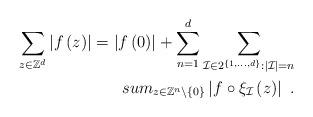
LaTeX: \begin{align*}\sum_{z\in \mathbb{Z}^{d}}\left\vert f\left( z\right) \right\vert=\left\vert f\left( 0\right) \right\vert +\sum_{n=1}^{d}\sum_{\mathcal{I}\in2^{\left\{ 1,\dots ,d\right\} }:\left\vert \mathcal{I}\right\vert =n}\\sum_{z\in \mathbb{Z}^{n}\backslash \left\{ 0\right\} }\left\vert f\circ \xi_{\mathcal{I}}\left( z\right) \right\vert \ . \end{align*}